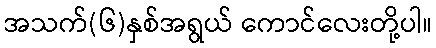
အသက်(၆)နှစ်အရွယ် ကောင်လေးတို့ပါ။